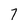
Character: 7